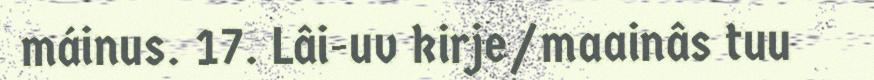
máinus. 17. Lâi-uv kirje/maainâs tuu